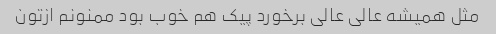
مثل همیشه عالی عالی برخورد پیک هم خوب بود ممنونم ازتون